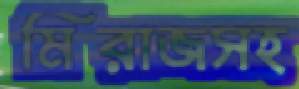
মিরাজসহ